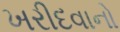
ખરીદવાનો